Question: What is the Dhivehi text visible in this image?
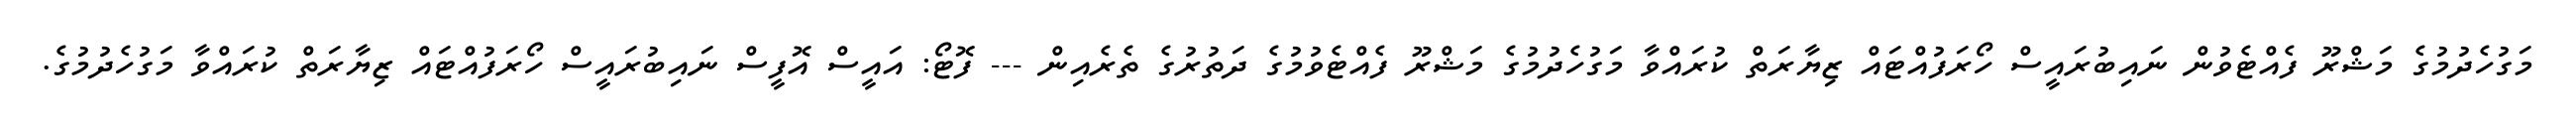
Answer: މަގުހެދުމުގެ މަޝްރޫ ފެއްޓެވުން ނައިބުރައީސް ހޯރަފުއްޓައް ޒިޔާރަތް ކުރައްވާ މަގުހެދުމުގެ މަޝްރޫ ފެއްޓެވުމުގެ ދަތުރުގެ ތެރެއިން --- ފޮޓޯ: އައީސް އޮފީސް ނައިބުރައީސް ހޯރަފުއްޓައް ޒިޔާރަތް ކުރައްވާ މަގުހެދުމުގެ.